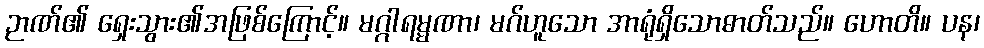
ဉာဏ်၏ ရှေးသွား၏အဖြစ်ကြောင့်။ မဂ္ဂါရမ္မဏာ၊ မဂ်ဟူသော အာရုံရှိသောဓာတ်သည်။ ဟောတိ။ ပန၊